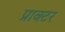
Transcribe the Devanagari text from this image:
प्राक्टर